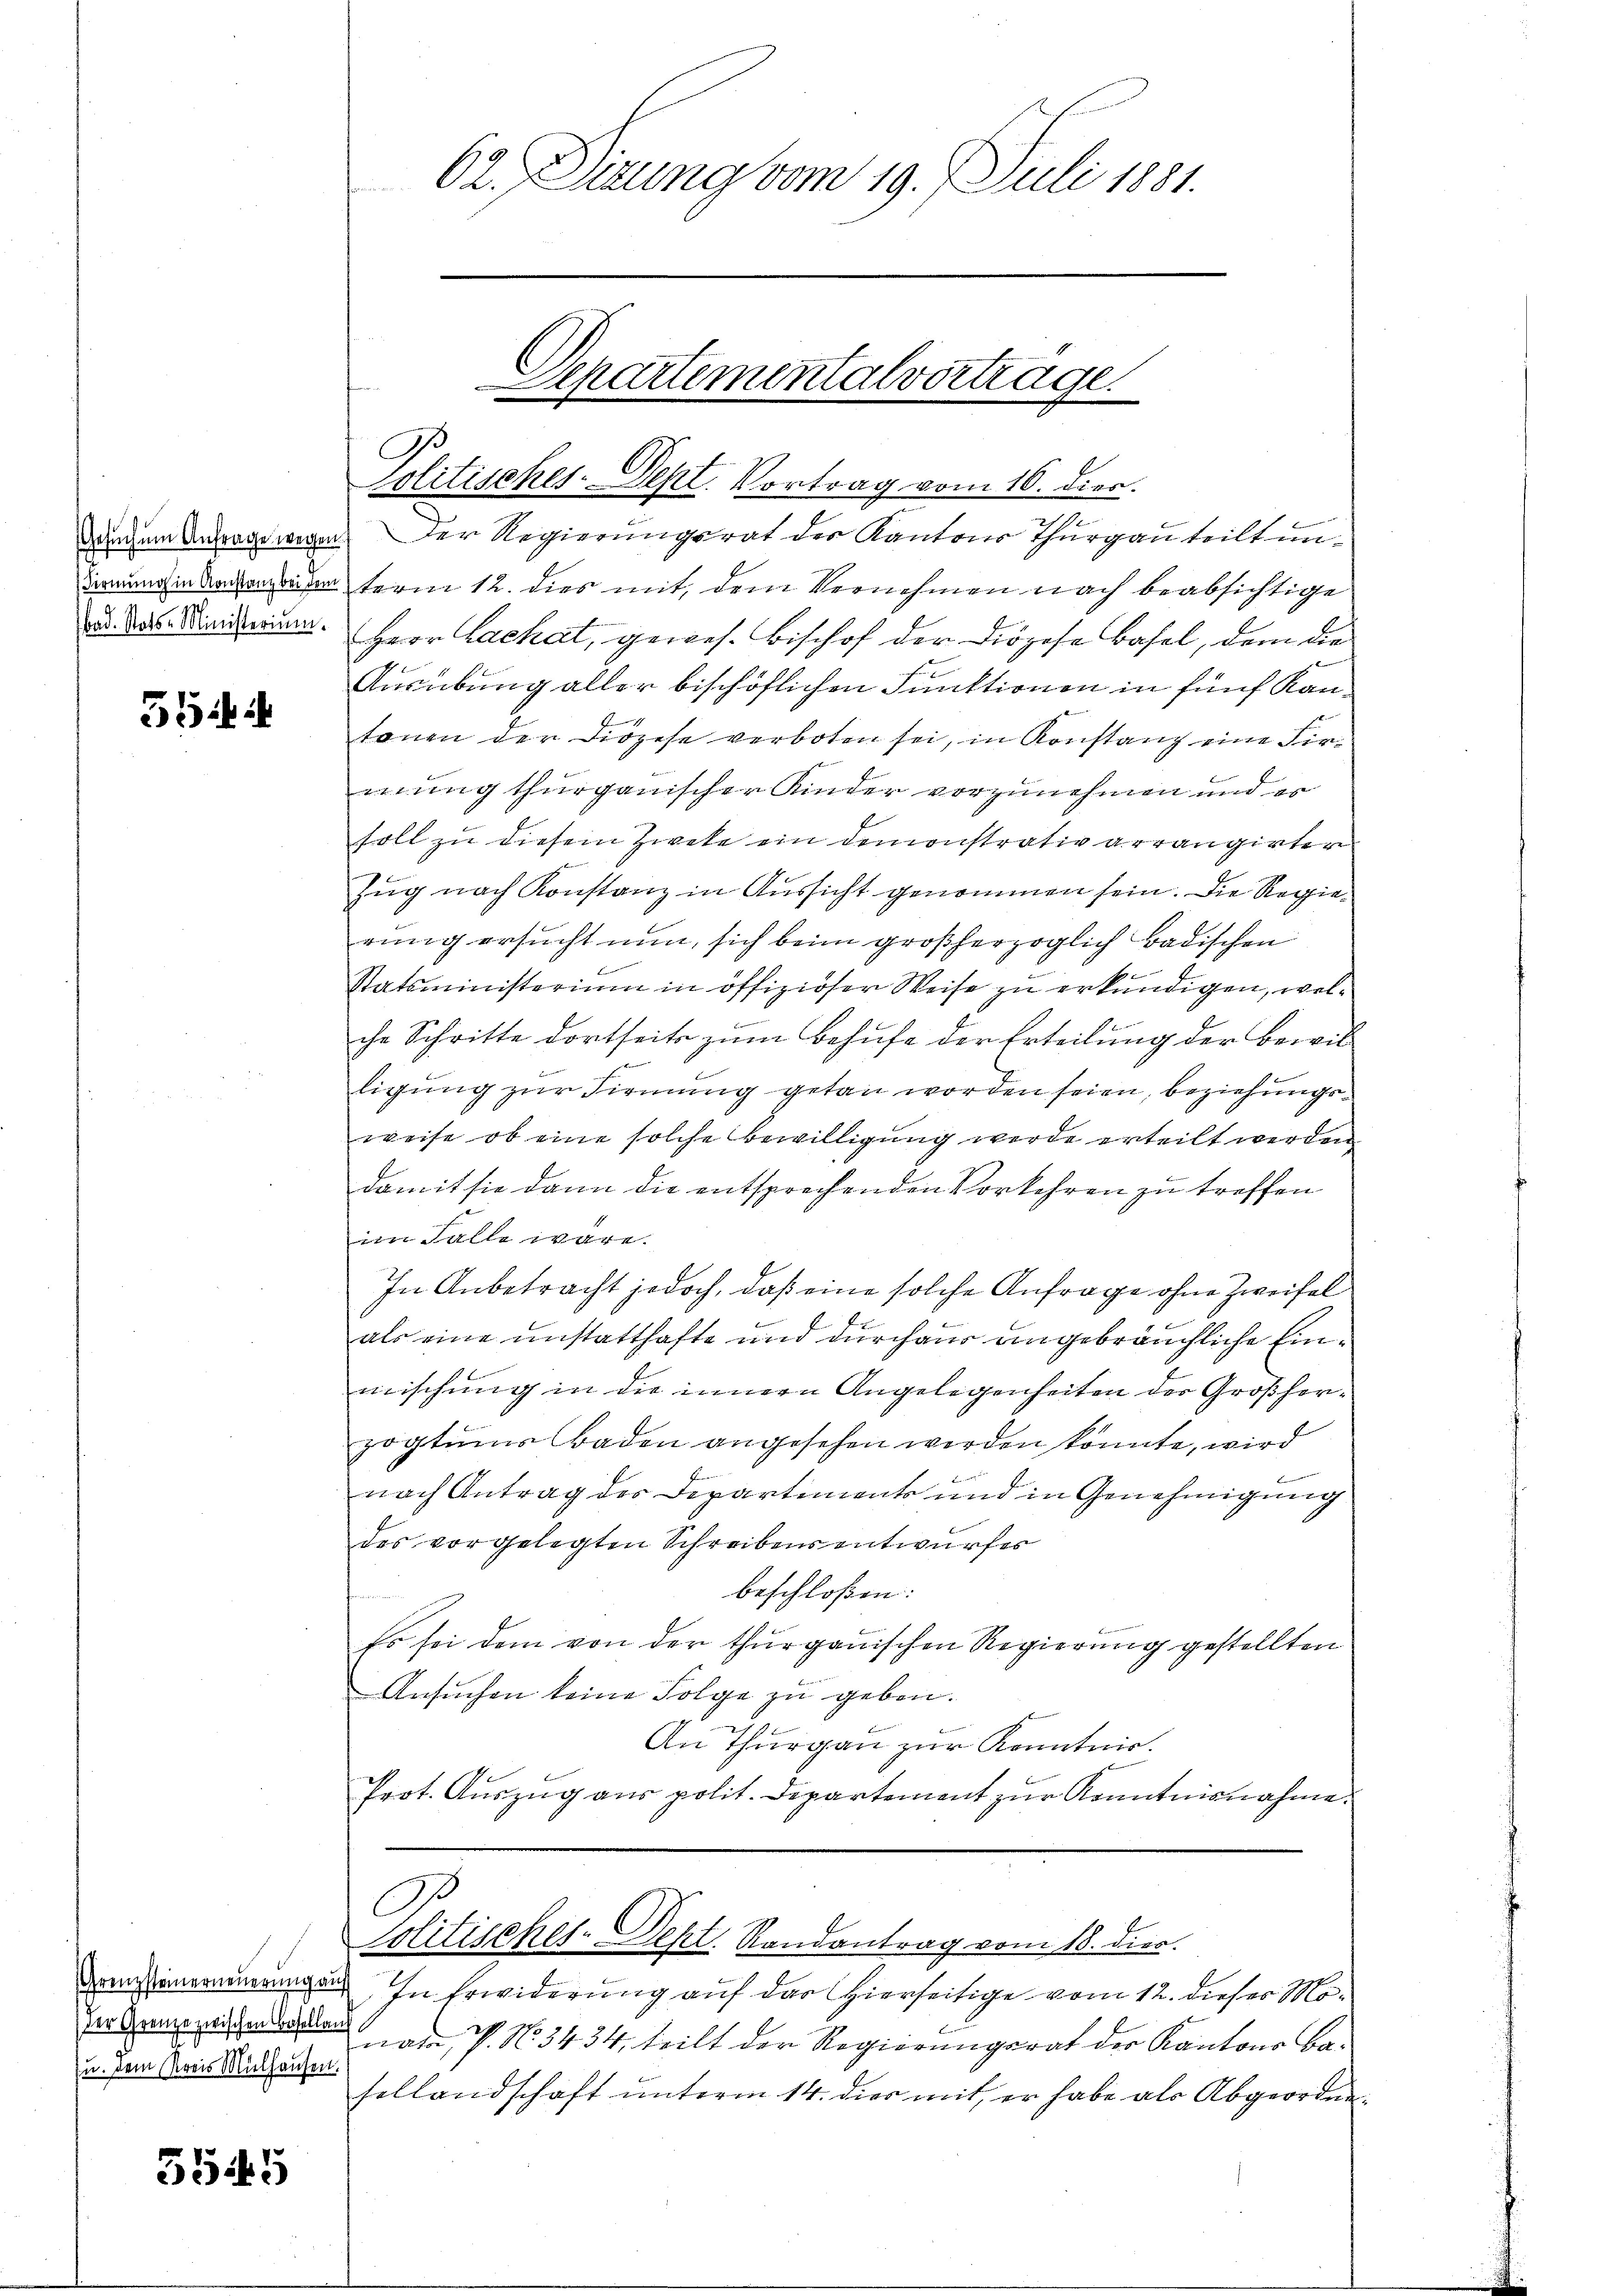
54 i

zu. Dem Kreis Mülhausen.

5545

62. Dirung vom 19. Juli 1881.

Separtementalvertrage.
Politisches-Dept. Vortrag vom 16. dies.

durch um Andergewegen der Regierungsrat der Kantons Thurgau teilt unun in Sachenterm 12. dies mit, dem Vernehmen nach beabsichtige
d das Miterung. Herr Lachat, gewes. Bischof der Diözese Basel, dem die
Ausübung aller bischöflichen Funktionen in fünf Kantonen der Diözese verboten sei, in Konstanz eine Firmung thurgauischer Kinder vorzunehmen und es
soll zu diesem Zweke ein demonstrativ arrangirter
Zug nach Konstanz in Aussicht genommen sein. Die Regierung ersucht nun, sich beim großherzoglich badischen
Statsministerium in offiziöser Weise zu erkundigen, welche Schritte dortseits zum Behufe der Erteilung der Bewilligung zur Firmung getan worden seien, beziehungsweise ob eine solche Bewilligung werde erteilt werden
damit sie dann die entsprechenden Vorkehren zu treffen
im Falle wäre.
In Anbetracht jedoch, daß eine solche Anfrage ohne Zweifel
als eine unstatthafte und durchaus angebräuchliche Einmischung in die innern Angelegenheiten der Großherzogtums Baden angesehen werden könnte, wird
nach Antrag der Departements und in Genehmigung
des vorgelegten Schreibensentwurfes
beschloßen:
Es sei dem von der thurgauischen Regierung gestellten
Ansŭchen keine Folge zu geben.
An Thurgau zur Kenntnis.
Prot. Auszug aus polit. Departement zur Kenntnisnahme.

Drezsteuerneuerungen. In Erwiderung auf das Hierseitige vom 12. dieser Mo¬
Der Grenzeigen den das P. No. 3434, teilt der Regierungsrat der Kantons Basellandschaft unterm 14. dies mit, er habe als Abgeordne¬

politisches-Dept. Randantrag vom 18. dies